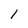
Character: 1